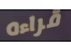
قراءه